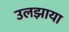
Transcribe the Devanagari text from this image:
उलझाया